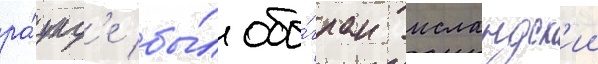
ра́унд'е бы́л обы́гран исландск'ии